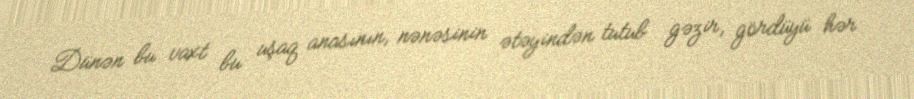
Dünən bu vaxt bu uşaq anasının, nənəsinin ətəyindən tutub gəzir, gördüyü hər